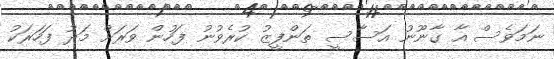
ނަމަވެސް އާ ގާނޫނު އަސާސީ ތަންފީޒު ކުރެވުނު ފަހުން ވަރަށް މަދު ފަހަރަކު